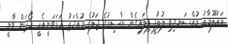
މައުލޫމާތު މުއްސަނދިވި ލުތުފީ ފިލައިގެން ނާސިރުގެ ޖަލުގެ މުއްދަތު ހަމަވަނީއެހީ ހޯދަން ވާނީ